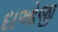
દાઓજી